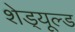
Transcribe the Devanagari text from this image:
शेड्‌यूल्ड